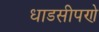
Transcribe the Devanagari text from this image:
धाडसीपणे